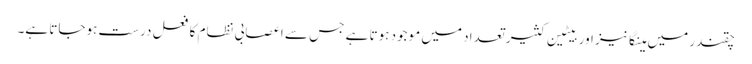
چقندر میں مینگانیز اور بیٹین کثیر تعداد میں موجود ہوتا ہے جس سے اعصابی نظام کا فعل درست ہوجاتا ہے۔